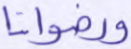
ورضوانا